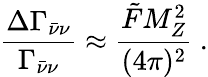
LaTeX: \frac{\Delta\Gamma_{\bar{\nu}\nu}}{\Gamma_{\bar{\nu}\nu}}\approx\frac{\tilde{F}M_{Z}^{2}}{(4\pi)^{2}}~.